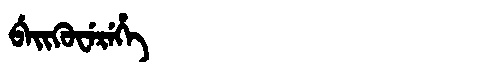
Manchu: ᠪᡝᡳᡴᡠᠸᡝᡵᡝᡥᡝ
Romanization: BEIKUWEREHE